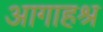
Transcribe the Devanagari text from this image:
आगाहश्र